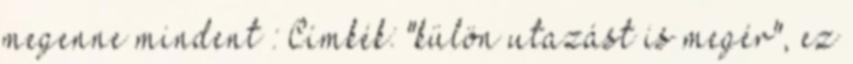
megenne mindent : Címkék: "külön utazást is megér", ez